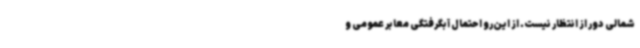
شمالی دور از انتظار نیست. از این‌رو احتمال آبگرفتگی معابر عمومی و